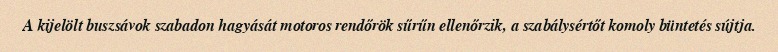
A kijelölt buszsávok szabadon hagyását motoros rendőrök sűrűn ellenőrzik, a szabálysértőt komoly büntetés sújtja.